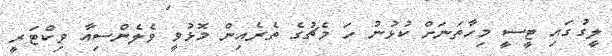
ލީގުގައި ޓީސީ މިހާތަނަށް ކުޅުނު ހަ މެޗުގެ ތެރެއިން މޮޅުވީ ވެލެންސިއާ ވިކްޓަރީ